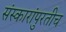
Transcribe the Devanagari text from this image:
संस्कारांपुरतीच